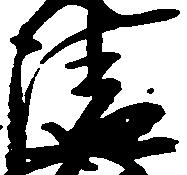
清